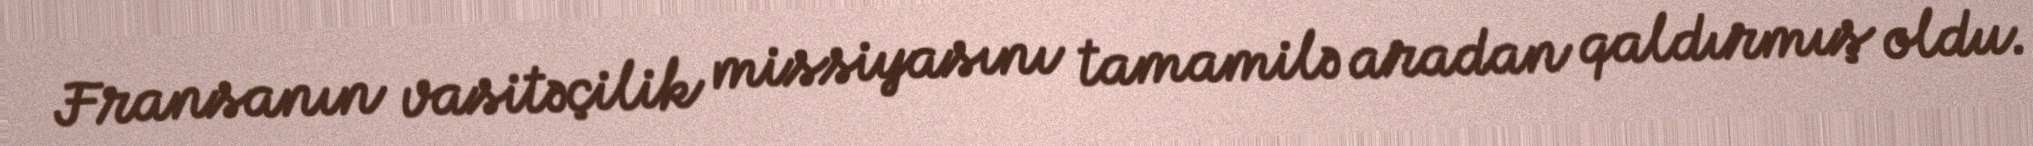
Fransanın vasitəçilik missiyasını tamamilə aradan qaldırmış oldu.